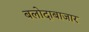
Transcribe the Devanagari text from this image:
बलोदाबाजार